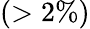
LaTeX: (>2\% )